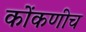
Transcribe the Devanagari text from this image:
कोंकणीच